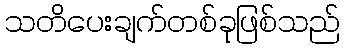
သတိပေးချက်တစ်ခုဖြစ်သည်